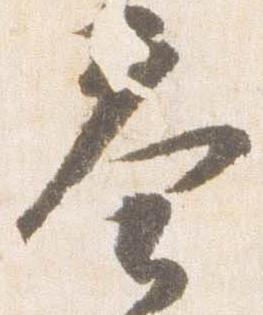
奏